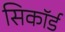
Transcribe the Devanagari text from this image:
सिकॉर्ड